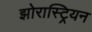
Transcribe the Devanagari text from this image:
झोरास्ट्रियन